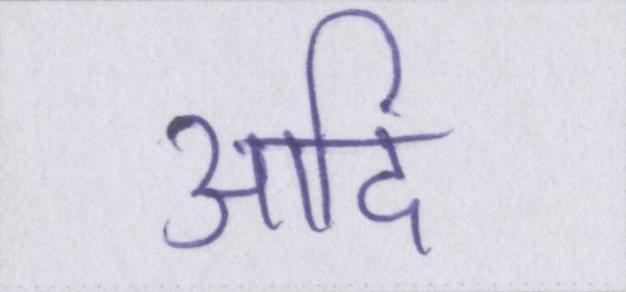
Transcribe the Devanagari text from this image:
आदि